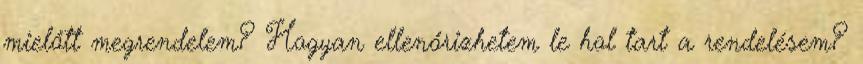
mielőtt megrendelem? Hogyan ellenőrizhetem le hol tart a rendelésem?